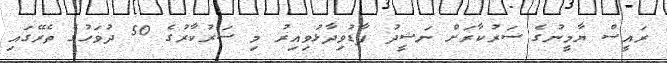
ރައީސް ޔާމީނުގެ ސަރުކާރަށް ނަޝީދު ފާޑުވިދާޅުވިއިރު މި ސަރުކާރުގެ 50 ދުވަހުގެ ތެރޭގައި